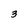
Character: 3